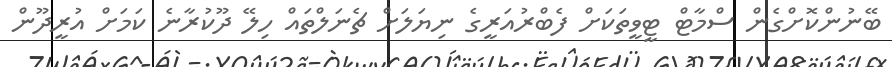
ބޭނުންކޮށްގެން ސްމާޓް ޓީވީތަކަށް ފެބްރުއަރީގެ ނިޔަލަށް ޗެނަލްތައް ހިލޭ ދޫކުރާނެ ކަމަށް އުރީދޫން